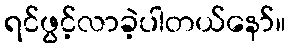
ရင်ဖွင့်လာခဲ့ပါတယ်နော်။